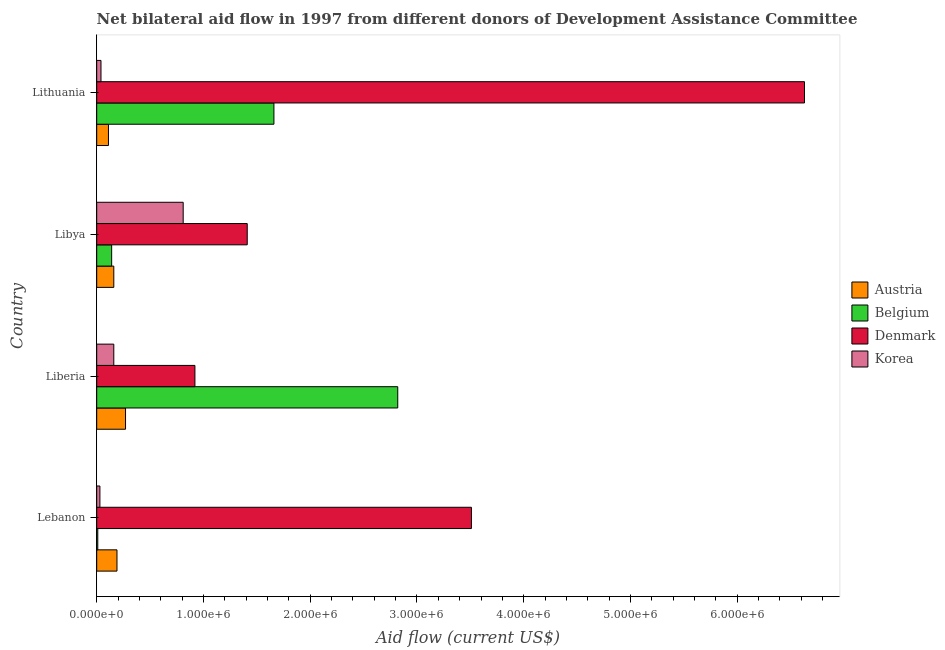
| Country | Austria | Belgium | Denmark | Korea |
 | --- | --- | --- | --- | --- |
 | Lebanon | 1.9e+05 | 1e+04 | 3.51e+06 | 3e+04 |
 | Liberia | 2.7e+05 | 2.82e+06 | 9.2e+05 | 1.6e+05 |
 | Libya | 1.6e+05 | 1.4e+05 | 1.41e+06 | 8.1e+05 |
 | Lithuania | 1.1e+05 | 1.66e+06 | 6.63e+06 | 4e+04 |